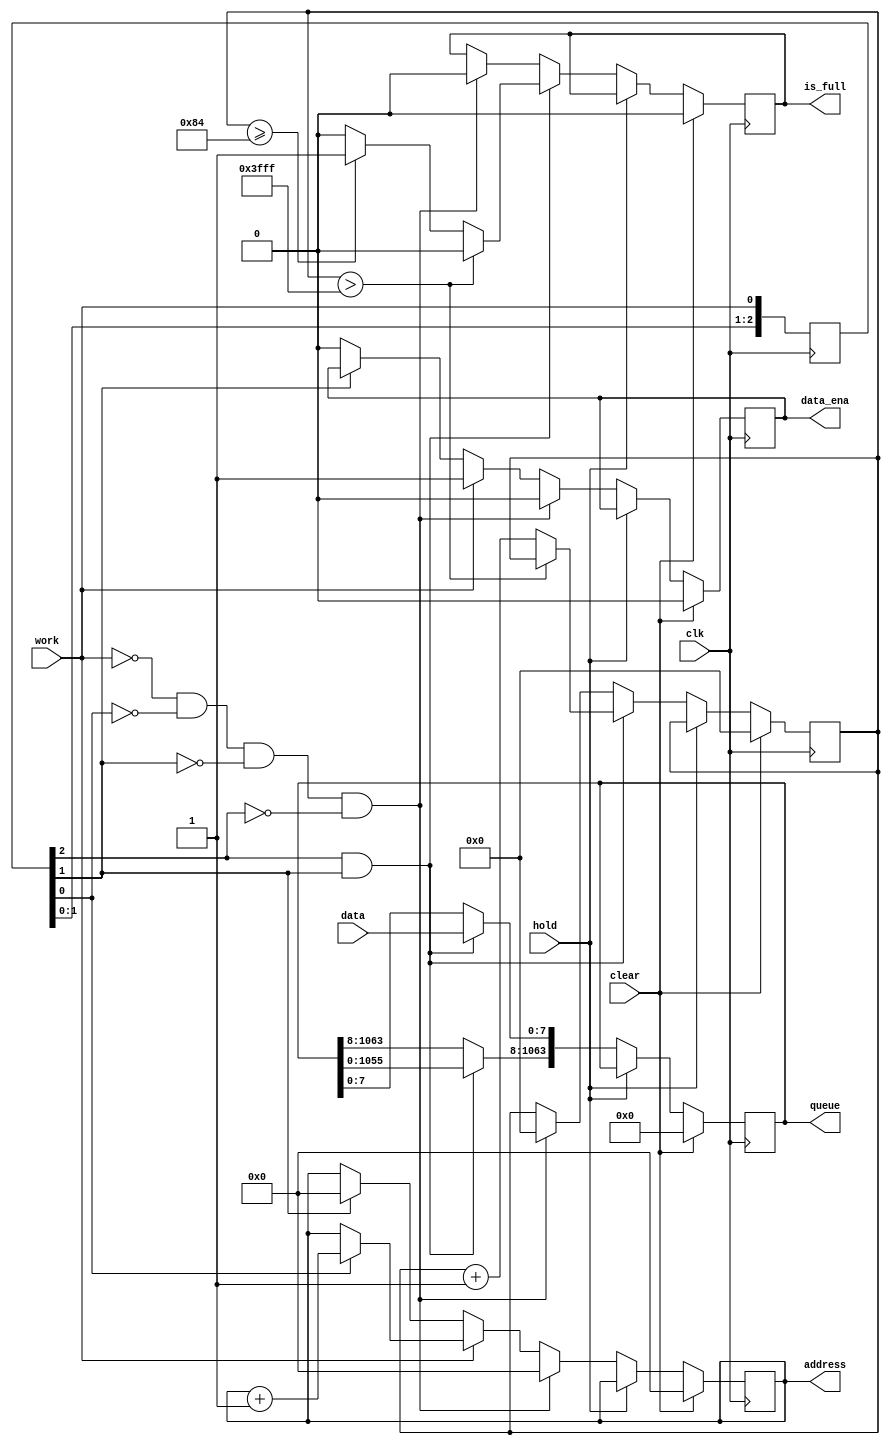
`timescale 1ns / 1ps

module queue #(parameter queue_size = 32*4+5,parameter data_size = 8,parameter address_size = 10 ,parameter img_size =128*128)(
    input work,
    input clear,
    input hold,
    input clk,
    input[data_size-1:0] data,
    output reg[address_size -1:0] address,
    output reg data_ena,
    output reg is_full,
    output reg [queue_size * data_size -1:0] queue
    );
    
    reg [23:0] counter;
    reg[2:0] data_work;
    
    always @(posedge clk) begin
        data_work[0] <= work;
        data_work[1] <= data_work[0];
        data_work[2] <= data_work[1]; 
        if (clear == 1'b1) begin
            queue <= 0;
            counter <=0;
            address <= 0;
            is_full <=1'b0;
            data_ena <= 1'b0;
        end
        else if(hold == 1'b1) begin
            queue <= queue;
            counter <=counter ;
            address <= address;
            is_full <= is_full;
            
        end
        else if (clear == 1'b0) begin
            
            if (work == 1'b0 & data_work[0] ==1'b0 & data_work[1] == 1'b0 & data_work[2] == 1'b0) begin
                queue <= 0;
                counter <=0;
                address <= 0;
                is_full <=1'b0;
                data_ena <= 1'b0;
                // out case initialize
            end                           
            else if (work == 1'b1) begin
                if (data_work[0] ==1'b1) address <= address +1'b1;
                data_ena <= 1'b1;
                // get data
            end
            else if ( data_work[1] ==1'b0)  data_ena <= 1'b0;
            // data_input end 
            else if(work == 1'b0) address <= 0;
            // address append;
            
            if (data_work[2] == 1'b1 & data_work[1] == 1'b1) begin
                queue  = queue << data_size;
                queue[data_size-1:0]  = data;
                
                if (counter > img_size-1'b1) begin
                    counter <= counter;
                    is_full <= 1'b0;
                end
                else if (counter >= queue_size -1'b1) begin
                    counter <= counter+1'b1;
                    is_full <= 1'b1;
                end

                else begin
                    counter <= counter +1'b1;
                    is_full <= 1'b0;
                end    
            end
        end
        else begin 
            queue <= 0;
            counter <=0;
            address <= 0;
            is_full <=1'b0;
        end
    end
endmodule